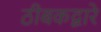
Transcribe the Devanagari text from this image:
ठीबकद्वारे